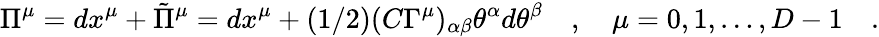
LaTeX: \Pi^{\mu}=dx^{\mu}+{\tilde{\Pi}}^{\mu}=dx^{\mu}+(1/2)(C\Gamma^{\mu})_{\alpha\beta}\theta^{\alpha}d\theta^{\beta}\quad,\quad\mu=0,1,\dots,D-1\quad.